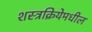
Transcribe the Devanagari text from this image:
शस्त्रक्रियेमधील